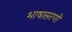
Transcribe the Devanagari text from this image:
भाषासरणी